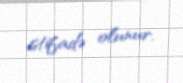
istifadə olunur.